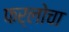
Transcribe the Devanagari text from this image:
फर्लोचा